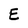
Character: E